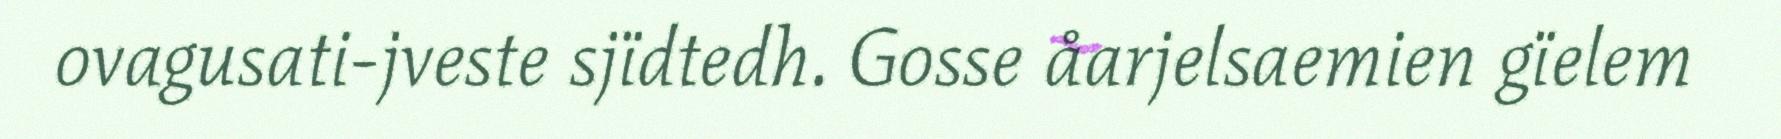
ovagusati-jveste sjïdtedh. Gosse åarjelsaemien gïelem